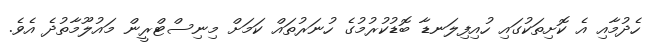
ހެދުމާއި އެ ކޮށިތަކުގައި ހުއިފިލަނޑާ ބޮޑުކުރުމުގެ ހުނަރުތައް ކަމަށް މިނިސްޓްރީން މައުލޫމާތުދެ އެވެ.